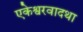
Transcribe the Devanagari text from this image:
एकेश्वरवादथा